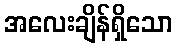
အလေးချိန်ရှိသော